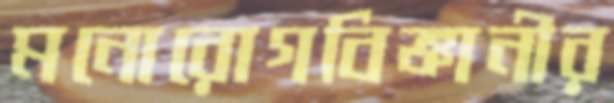
মনোরোগবিজ্ঞানীর